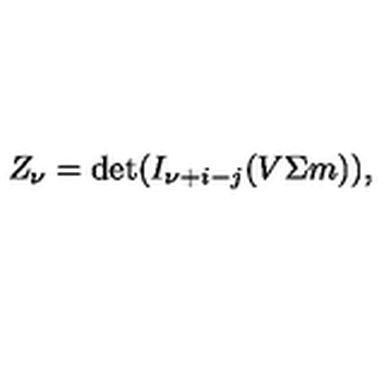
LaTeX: Z _ { \nu } = \det ( I _ { \nu + i - j } ( V \Sigma m ) ) ,